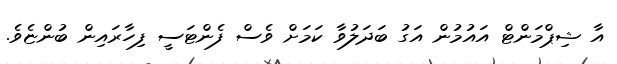
އާ ޝިޕްމަންޓް އައުމުން އަގު ބަދަލުވާ ކަމަށް ވެސް ފެންޓަސީ ފިހާރައިން ބުންޏެވެ.